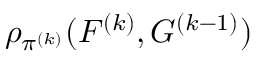
\rho _ { \pi ^ { ( k ) } } ( F ^ { ( k ) } , G ^ { ( k - 1 ) } )